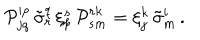
LaTeX: { \cal P } _ { j q } ^ { i p } \, \tilde { \sigma } _ { r } ^ { q } \, \xi _ { p } ^ { s } \, { \cal P } _ { s m } ^ { r k } = \xi _ { j } ^ { k } \, \tilde { \sigma } _ { m } ^ { i } \, .